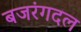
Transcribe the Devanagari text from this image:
बजरंगदल